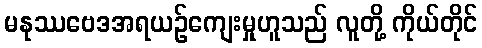
မနုဿဗေဒအရယဉ်ကျေးမှုဟူသည် လူတို့ ကိုယ်တိုင်